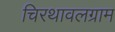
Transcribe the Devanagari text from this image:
चिरथावलग्राम